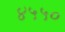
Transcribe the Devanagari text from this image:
४५५०